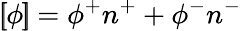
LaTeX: \left[\! \! \left[\phi\right]\! \! \right]=\phi^{+}n^{+}+\phi^{-}n^{-}